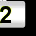
Digit: 2